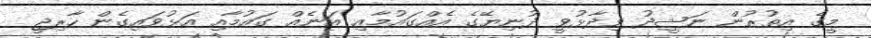
މީގެ އިތުރުން ނަޝީދު ވިދާޅުވީ ދުނިޔޭގެ އެއްގައުމާއި އަނެއް ގައުމާއި އަޅުވައިގެން ހާރިޖީ